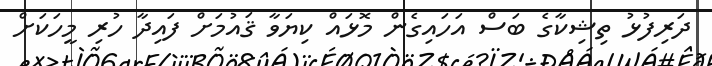
ދަރިފުޅު ތިޝިކާގެ ބަސް އަހައިގެން މޮޅައް ކިޔަވާ ޤައުމަށް ފައިދާ ހުރި މީހަކަށް